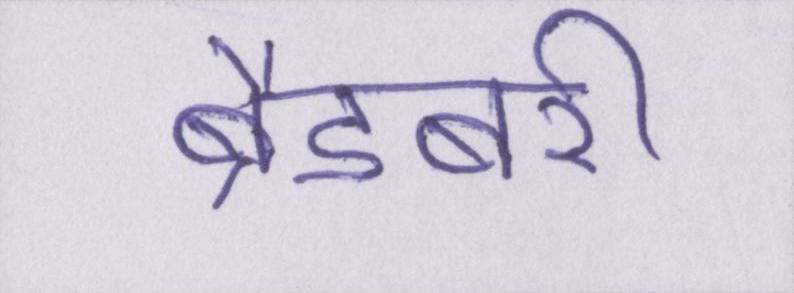
ब्रैडबरी